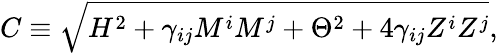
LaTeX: C\equiv\sqrt{H^{2}+\gamma_{ij}M^{i}M^{j}+\Theta^{2}+4\gamma_{ij}Z^{i}Z^{j}},